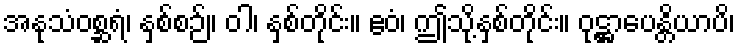
အနုသံဝစ္ဆရံ၊ နှစ်စဉ်။ ဝါ၊ နှစ်တိုင်း။ ဧဝံ၊ ဤသို့နှစ်တိုင်း။ ဝုဋ္ဌာပေန္တိယာပိ၊